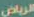
الرياض